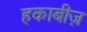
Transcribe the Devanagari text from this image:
हकाबीज़